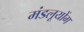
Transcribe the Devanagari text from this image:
मंडलूयोंग